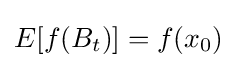
E[f(B_{t})]=f(x_{0})